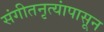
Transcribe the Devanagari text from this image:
संगीतनृत्यांपासून